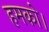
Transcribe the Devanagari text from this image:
हमको।